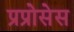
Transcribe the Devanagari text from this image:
प्रप्रोसेस